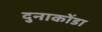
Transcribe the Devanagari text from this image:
दुनाकोंडा